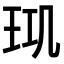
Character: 𤤲